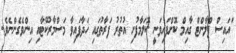
ައައިސް ޕްލާންޓް ގާއިމް ކޮށްފައިވަނީ ކޮލަމާފުށި އުތުރު ފަރާތުގައި ހަދާފައިވާ މަސްމާރުކޭޓާއި އިންވެގެންނެވެ.